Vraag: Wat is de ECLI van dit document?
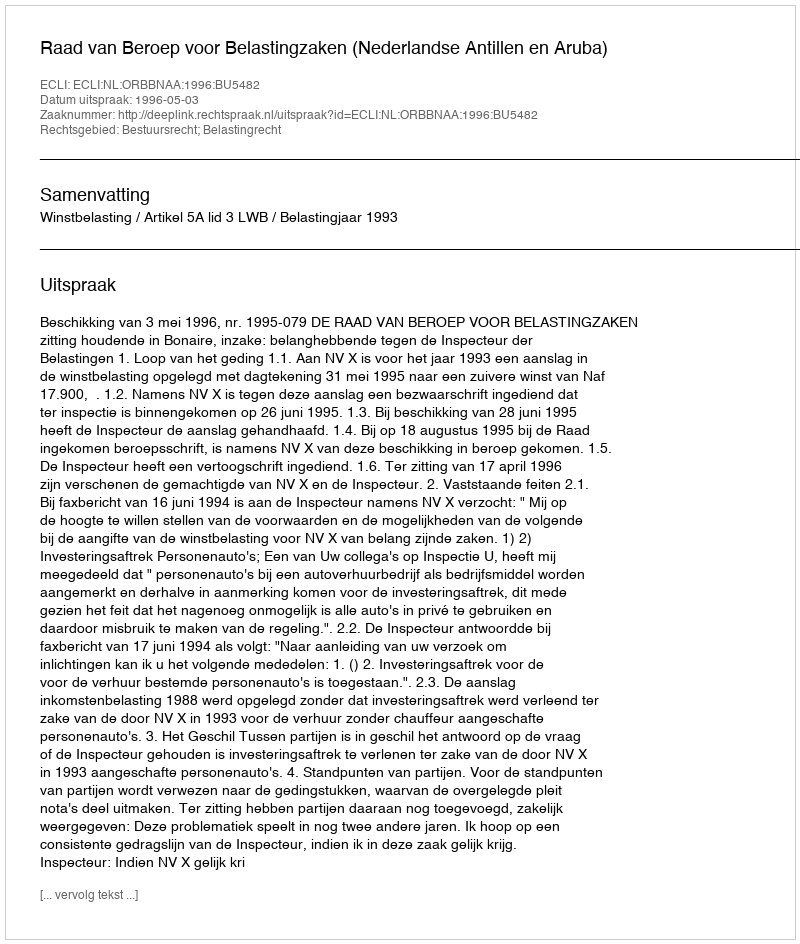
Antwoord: ECLI:NL:ORBBNAA:1996:BU5482